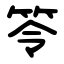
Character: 笭